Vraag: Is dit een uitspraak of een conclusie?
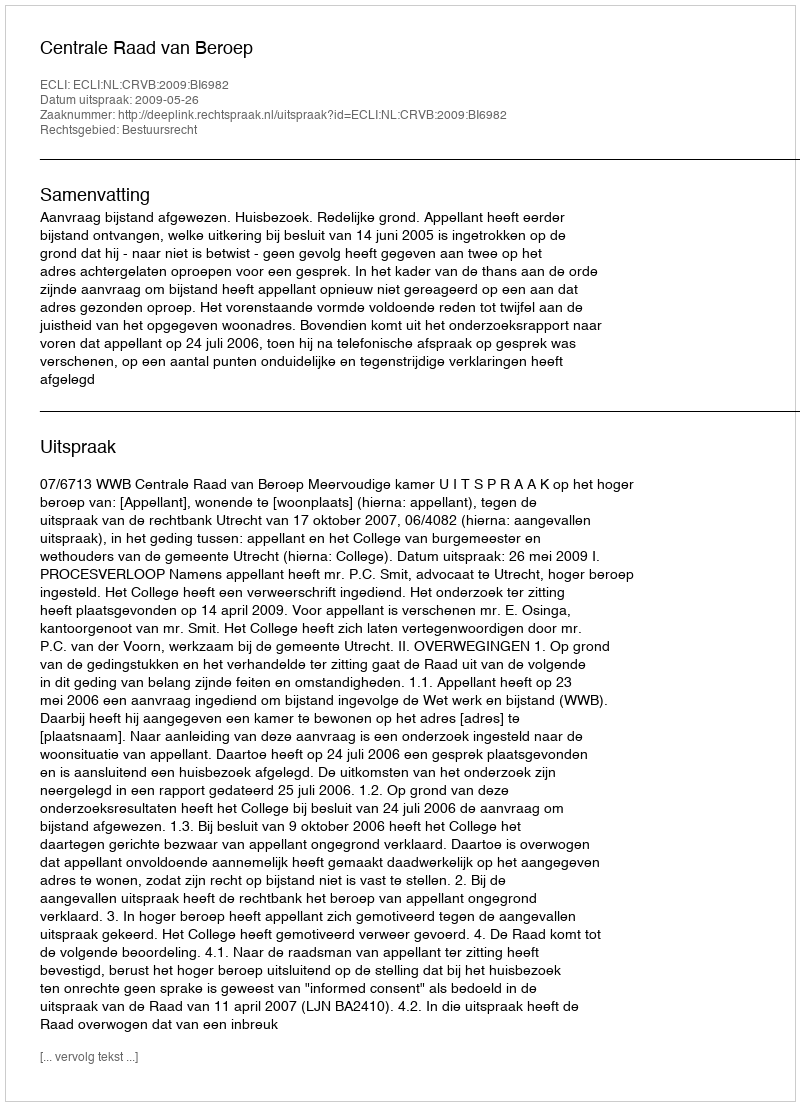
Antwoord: Uitspraak